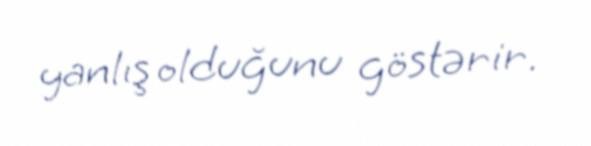
yanlış olduğunu göstərir.